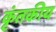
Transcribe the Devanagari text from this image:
कृंतकीय